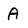
Character: A